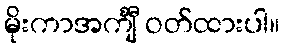
မိုးကာအင်္ကျီ ဝတ်ထားပါ။